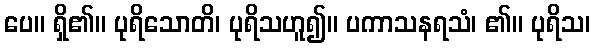
ပေ။ ရှိ၏။ ပုရိသောတိ၊ ပုရိသဟူ၍။ ပကာသနရသံ၊ ၏။ ပုရိသ၊